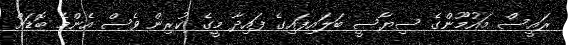
ރައީސް މައުމޫންގެ ސިޔާސީ ބަލައިފައިގެ ފައިދާ މީގެ ކުރިން ވެސް އެންމެ ބޮޑަށް